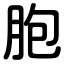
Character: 胞